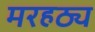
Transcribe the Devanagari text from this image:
मरहठ्य